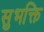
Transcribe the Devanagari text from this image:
सुभक्ति